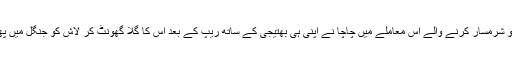
رشتوں کو شرمسار کرنے والے اس معاملے میں چاچا نے اپنی ہی بھتیجی کے ساتھ ریپ کے بعد اس کا گلا گھونٹ کر لاش کو جنگل میں پھینک دیا۔